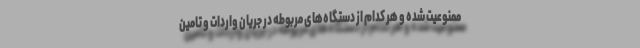
ممنوعیت شده و هر کدام از دستگاه‌های مربوطه در جریان واردات و تامین